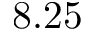
8 . 2 5